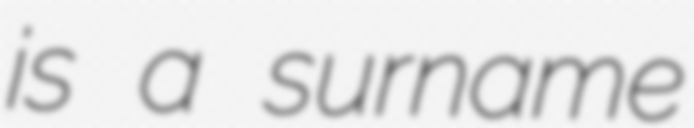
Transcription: is a surname